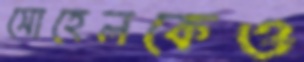
সোহেলকেও